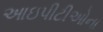
આઇપીટીઓના